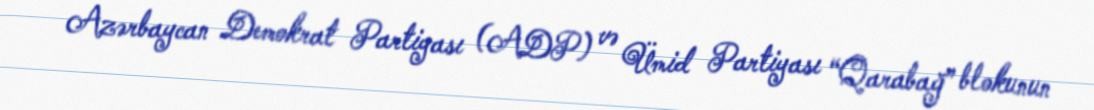
Azərbaycan Demokrat Partiyası (ADP) və Ümid Partiyası “Qarabağ” blokunun